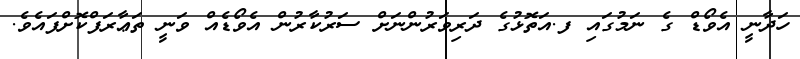
ހަދާނީ އެވޯޑް ގެ ނަމުގައި ފ.އަތޮޅުގެ ދަރިވަރުންނަށް ސަރުކާރުން އެވޯޑެއް ވަނީ ތަޢާރަފްކޮށްފައެވެ.